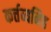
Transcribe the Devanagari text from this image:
कर्त्तव्यनिष्ठ